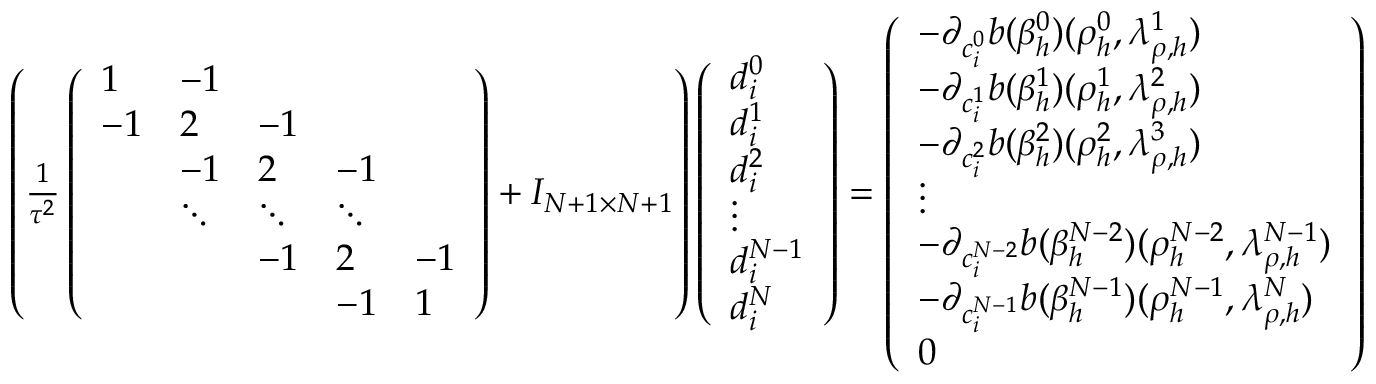
\begin{array} { r l } & { \left( \frac 1 { \tau ^ { 2 } } \left( \begin{array} { l l l l l } { 1 } & { - 1 } & & & \\ { - 1 } & { 2 } & { - 1 } & & \\ & { - 1 } & { 2 } & { - 1 } & \\ & { \ddots } & { \ddots } & { \ddots } & \\ & & { - 1 } & { 2 } & { - 1 } \\ & & & { - 1 } & { 1 } \end{array} \right) + I _ { N + 1 \times N + 1 } \right) \left( \begin{array} { l } { d _ { i } ^ { 0 } } \\ { d _ { i } ^ { 1 } } \\ { d _ { i } ^ { 2 } } \\ { \vdots } \\ { d _ { i } ^ { N - 1 } } \\ { d _ { i } ^ { N } } \end{array} \right) = \left( \begin{array} { l } { - \partial _ { c _ { i } ^ { 0 } } b ( \beta _ { h } ^ { 0 } ) ( \rho _ { h } ^ { 0 } , \lambda _ { \rho , h } ^ { 1 } ) } \\ { - \partial _ { c _ { i } ^ { 1 } } b ( \beta _ { h } ^ { 1 } ) ( \rho _ { h } ^ { 1 } , \lambda _ { \rho , h } ^ { 2 } ) } \\ { - \partial _ { c _ { i } ^ { 2 } } b ( \beta _ { h } ^ { 2 } ) ( \rho _ { h } ^ { 2 } , \lambda _ { \rho , h } ^ { 3 } ) } \\ { \vdots } \\ { - \partial _ { c _ { i } ^ { N - 2 } } b ( \beta _ { h } ^ { N - 2 } ) ( \rho _ { h } ^ { N - 2 } , \lambda _ { \rho , h } ^ { N - 1 } ) } \\ { - \partial _ { c _ { i } ^ { N - 1 } } b ( \beta _ { h } ^ { N - 1 } ) ( \rho _ { h } ^ { N - 1 } , \lambda _ { \rho , h } ^ { N } ) } \\ { 0 } \end{array} \right) } \end{array}